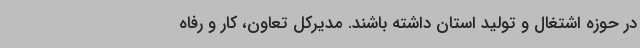
در حوزه اشتغال و تولید استان داشته باشند. مدیرکل تعاون، کار و رفاه